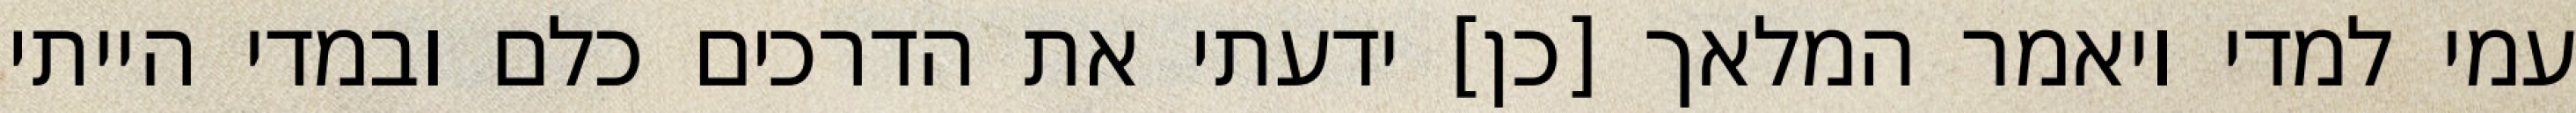
עמי למדי ויאמר המלאך [כן] ידעתי את הדרכים כלם ובמדי הייתי